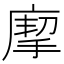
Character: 𢊏